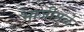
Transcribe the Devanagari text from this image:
भाजीमुळे